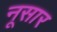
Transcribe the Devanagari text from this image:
नूसार